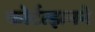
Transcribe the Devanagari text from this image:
कोर्टत्झनने